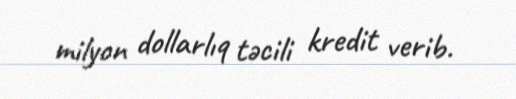
milyon dollarlıq təcili kredit verib.